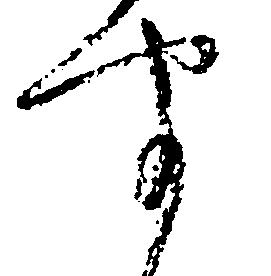
聞